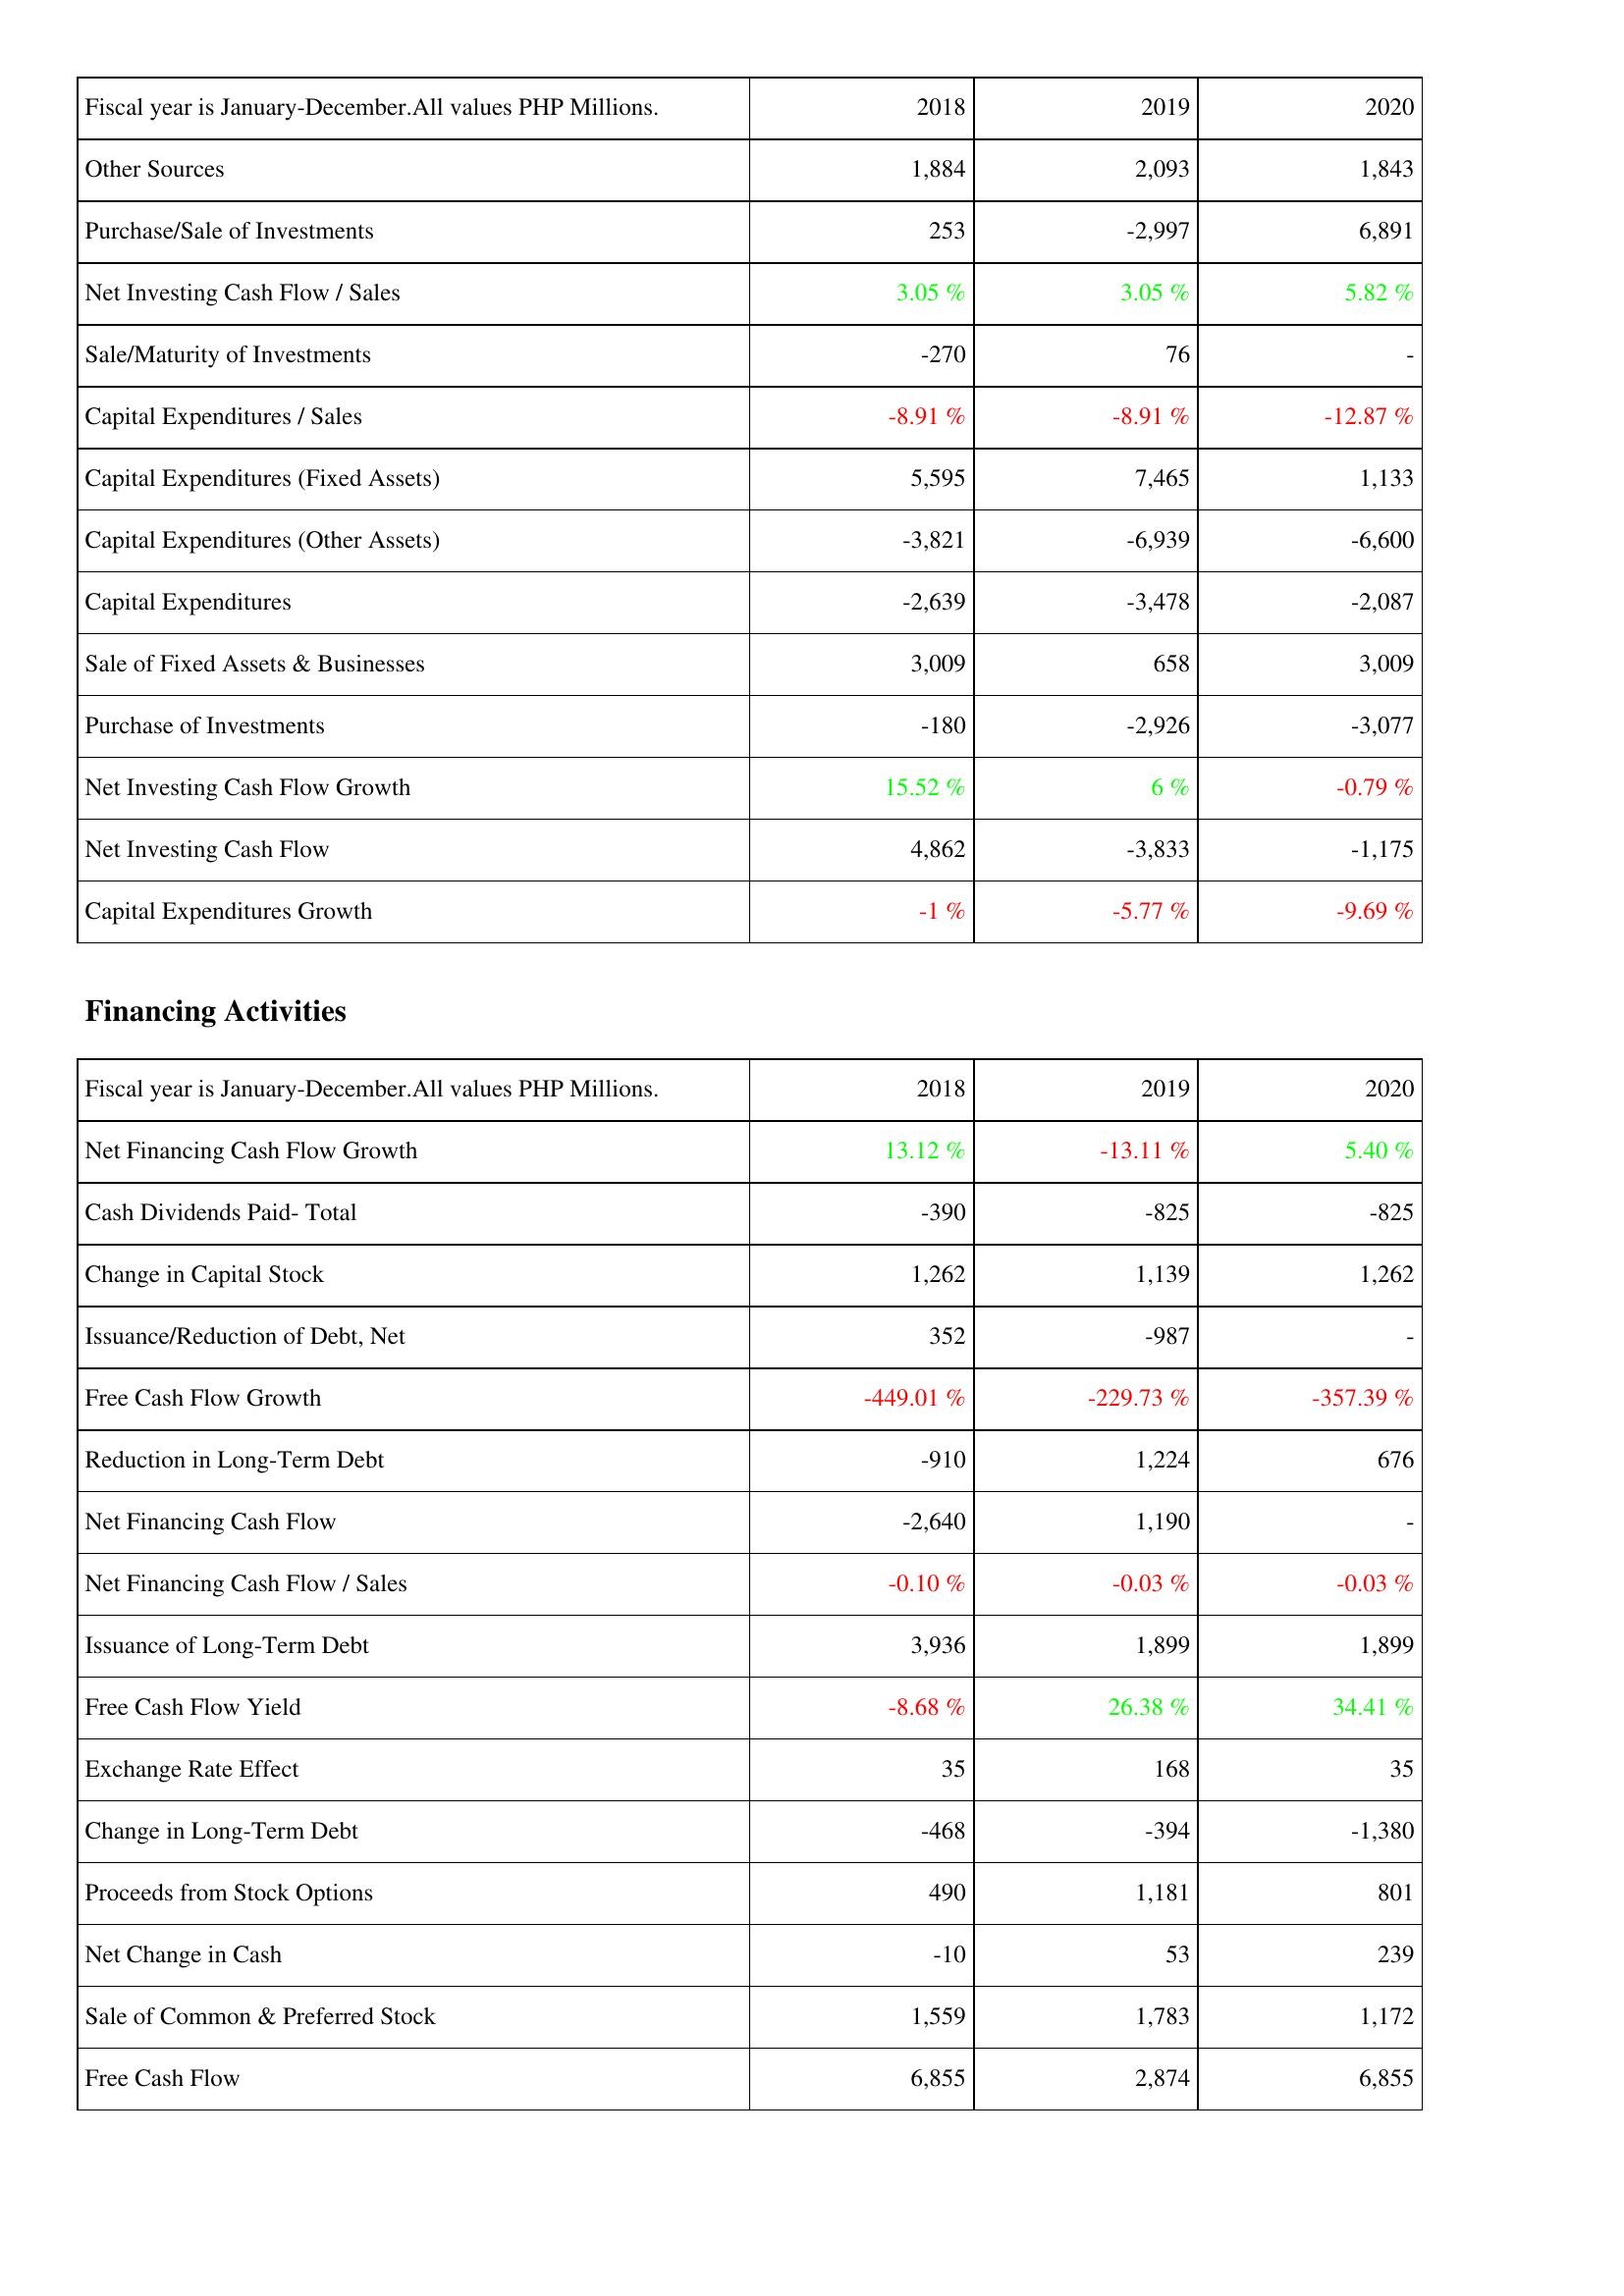
2018: Investing Activities: Other Sources: 1,884
Purchase/Sale of Investments: 253
Net Investing Cash Flow / Sales: 3.05 %
Sale/Maturity of Investments: -270
Capital Expenditures / Sales: -8.91 %
Capital Expenditures (Fixed Assets): 5,595
Capital Expenditures (Other Assets): -3,821
Capital Expenditures: -2,639
Sale of Fixed Assets & Businesses: 3,009
Purchase of Investments: -180
Net Investing Cash Flow Growth: 15.52 %
Net Investing Cash Flow: 4,862
Capital Expenditures Growth: -1 %
Financing Activities: Net Financing Cash Flow Growth: 13.12 %
Cash Dividends Paid- Total: -390
Change in Capital Stock: 1,262
Issuance/Reduction of Debt, Net: 352
Free Cash Flow Growth: -449.01 %
Reduction in Long-Term Debt: -910
Net Financing Cash Flow: -2,640
Net Financing Cash Flow / Sales: -0.10 %
Issuance of Long-Term Debt: 3,936
Free Cash Flow Yield: -8.68 %
Exchange Rate Effect: 35
Change in Long-Term Debt: -468
Proceeds from Stock Options: 490
Net Change in Cash: -10
Sale of Common & Preferred Stock: 1,559
Free Cash Flow: 6,855
2019: Investing Activities: Other Sources: 2,093
Purchase/Sale of Investments: -2,997
Net Investing Cash Flow / Sales: 3.05 %
Sale/Maturity of Investments: 76
Capital Expenditures / Sales: -8.91 %
Capital Expenditures (Fixed Assets): 7,465
Capital Expenditures (Other Assets): -6,939
Capital Expenditures: -3,478
Sale of Fixed Assets & Businesses: 658
Purchase of Investments: -2,926
Net Investing Cash Flow Growth: 6 %
Net Investing Cash Flow: -3,833
Capital Expenditures Growth: -5.77 %
Financing Activities: Net Financing Cash Flow Growth: -13.11 %
Cash Dividends Paid- Total: -825
Change in Capital Stock: 1,139
Issuance/Reduction of Debt, Net: -987
Free Cash Flow Growth: -229.73 %
Reduction in Long-Term Debt: 1,224
Net Financing Cash Flow: 1,190
Net Financing Cash Flow / Sales: -0.03 %
Issuance of Long-Term Debt: 1,899
Free Cash Flow Yield: 26.38 %
Exchange Rate Effect: 168
Change in Long-Term Debt: -394
Proceeds from Stock Options: 1,181
Net Change in Cash: 53
Sale of Common & Preferred Stock: 1,783
Free Cash Flow: 2,874
2020: Investing Activities: Other Sources: 1,843
Purchase/Sale of Investments: 6,891
Net Investing Cash Flow / Sales: 5.82 %
Sale/Maturity of Investments: -
Capital Expenditures / Sales: -12.87 %
Capital Expenditures (Fixed Assets): 1,133
Capital Expenditures (Other Assets): -6,600
Capital Expenditures: -2,087
Sale of Fixed Assets & Businesses: 3,009
Purchase of Investments: -3,077
Net Investing Cash Flow Growth: -0.79 %
Net Investing Cash Flow: -1,175
Capital Expenditures Growth: -9.69 %
Financing Activities: Net Financing Cash Flow Growth: 5.40 %
Cash Dividends Paid- Total: -825
Change in Capital Stock: 1,262
Issuance/Reduction of Debt, Net: -
Free Cash Flow Growth: -357.39 %
Reduction in Long-Term Debt: 676
Net Financing Cash Flow: -
Net Financing Cash Flow / Sales: -0.03 %
Issuance of Long-Term Debt: 1,899
Free Cash Flow Yield: 34.41 %
Exchange Rate Effect: 35
Change in Long-Term Debt: -1,380
Proceeds from Stock Options: 801
Net Change in Cash: 239
Sale of Common & Preferred Stock: 1,172
Free Cash Flow: 6,855